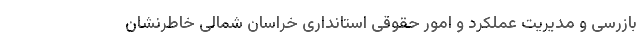
بازرسی و مدیریت عملکرد و امور حقوقی استانداری خراسان شمالی خاطرنشان